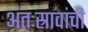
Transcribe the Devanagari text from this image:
अंतःस्रावांची